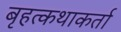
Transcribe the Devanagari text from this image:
बृहत्कथाकर्ता